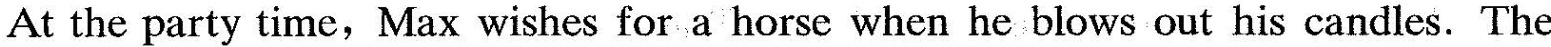
At the party time, Max wishes for a horse when he blows out his candles. The